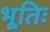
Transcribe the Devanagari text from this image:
भूतिः